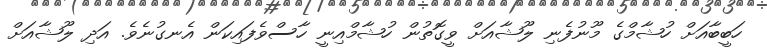
ހަބީބާއަށް ހުޝާމްގެ މޫނުފެނި ލޫޝާއަށް ވީގޮތުން ހުޝާމްއިނީ ހާސްވެފައިކަން އެނގުނެވެ. އަދި ލޫޝާއަށް